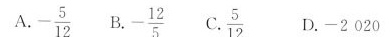
A. $$- \frac{5}{12}$$ B. $$- \frac{12}{5}$$ C. $$\frac{5}{12}$$ D.-2020